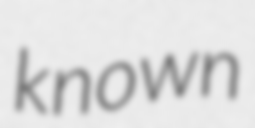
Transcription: known